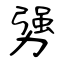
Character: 勥